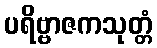
ပရိဗ္ဗာဇကသုတ္တံ